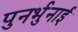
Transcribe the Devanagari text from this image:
पुनर्भुनाई